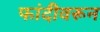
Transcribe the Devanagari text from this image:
फांदीवरून